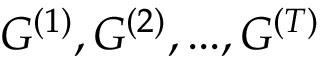
G ^ { ( 1 ) } , G ^ { ( 2 ) } , . . . , G ^ { ( T ) }